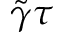
\tilde { \gamma } \tau